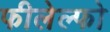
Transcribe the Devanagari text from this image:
फीलेल्फो